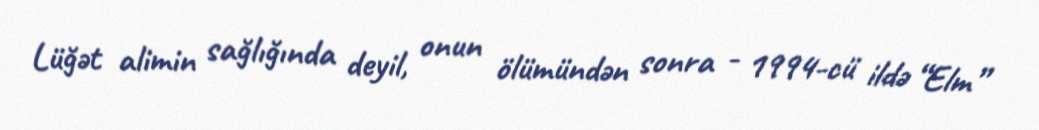
Lüğət alimin sağlığında deyil, onun ölümündən sonra - 1994-cü ildə “Elm”